38_143685_box7_Incident_Summaries_1-100
Agency: Department of War
Page 54
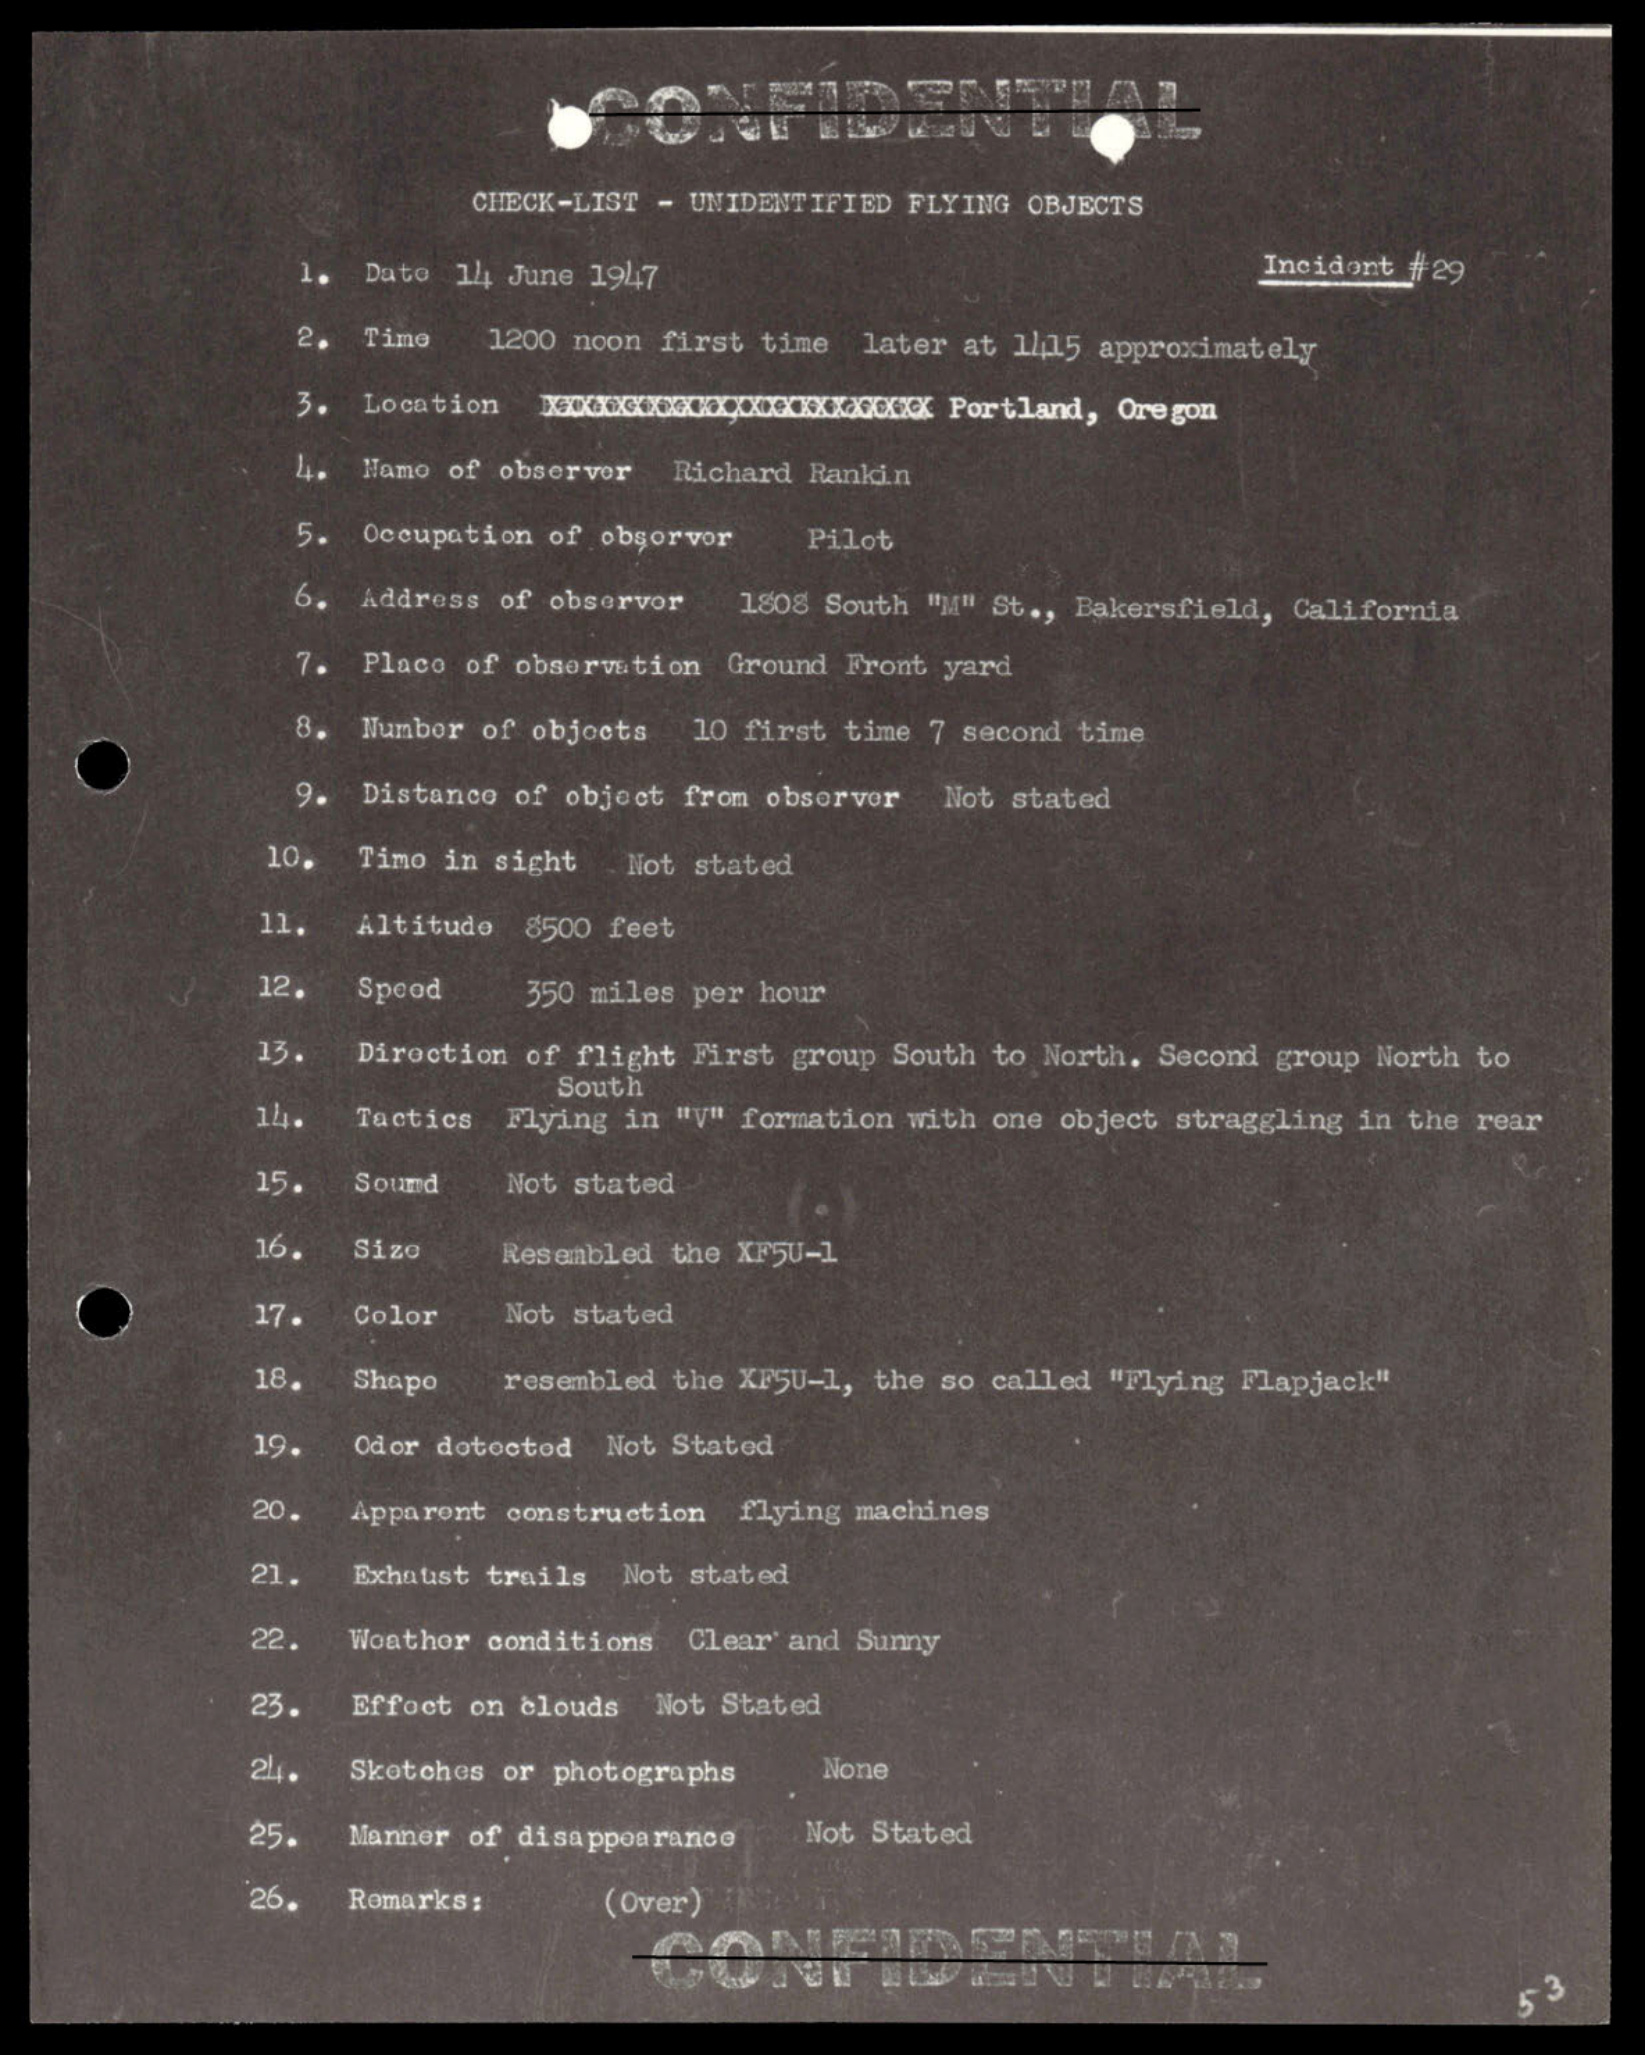